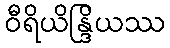
ဝီရိယိန္ဒြိယဿ